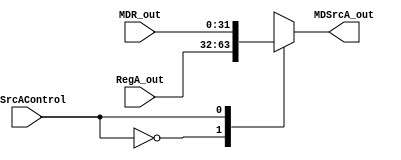
module MDSrcA_( 
    input wire MDSrcAControl, /* Entrada de controle */
    input wire [31:0] RegA_out,
    input wire [31:0] MDR_out,   /* PC */
    output reg [31:0] MDSrcA_out   /* Sada selecionada pelo multiplexador */
);
  
always @(*) begin
    case (MDSrcAControl) 
         /* Verifica o valor do seletor */
	    1'b0: MDSrcA_out = RegA_out;
        1'b1: MDSrcA_out = MDR_out; /* Seletor = 2'b00, seleciona input1 (PC) */
	
        endcase
end

endmodule